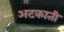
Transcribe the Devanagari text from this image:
अटकाती